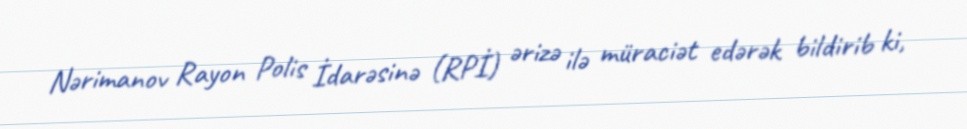
Nərimanov Rayon Polis İdarəsinə (RPİ) ərizə ilə müraciət edərək bildirib ki,